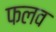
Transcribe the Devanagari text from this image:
फलव